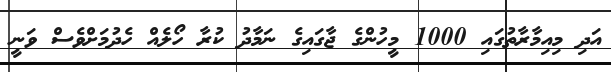
އަދި މިއިމާރާތުގައި 1000 މީހުންގެ ޖާގައިގެ ނަމާދު ކުރާ ހޯލެއް ހެދުމަށްވެސް ވަނީ